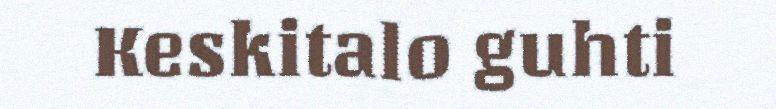
Keskitalo guhti